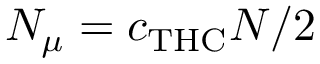
N _ { \mu } = c _ { \mathrm { T H C } } N / 2